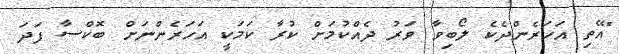
"އޭތި އަހަރެންދެކެ ލޯބިވާ ވަރު ދެއްކުމަށް ކުރާ ކަމަކީ އަހަރެންނަށް ބޮކްސާ ފަދަ